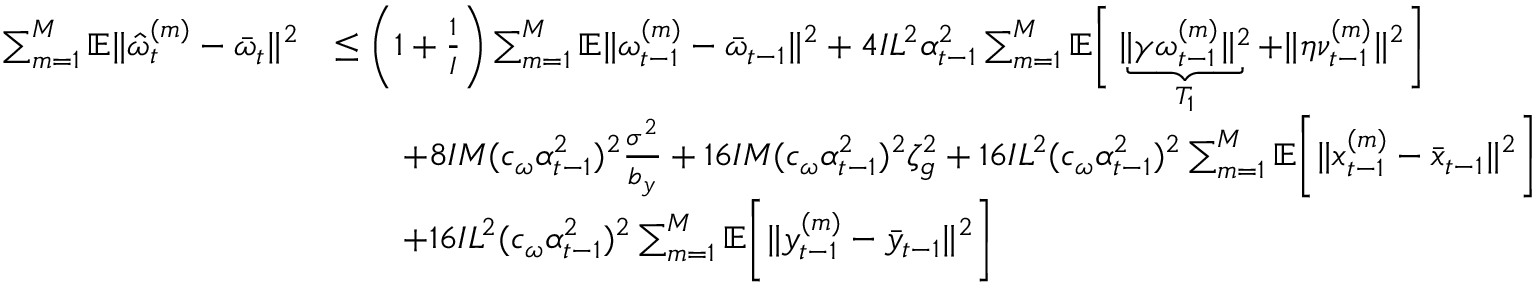
\begin{array} { r l } { \sum _ { m = 1 } ^ { M } \mathbb { E } \| \hat { \omega } _ { t } ^ { ( m ) } - \bar { \omega } _ { t } \| ^ { 2 } } & { \leq \bigg ( 1 + \frac { 1 } { I } \bigg ) \sum _ { m = 1 } ^ { M } \mathbb { E } \| \omega _ { t - 1 } ^ { ( m ) } - \bar { \omega } _ { t - 1 } \| ^ { 2 } + 4 I L ^ { 2 } \alpha _ { t - 1 } ^ { 2 } \sum _ { m = 1 } ^ { M } \mathbb { E } \bigg [ \underbrace { \| \gamma \omega _ { t - 1 } ^ { ( m ) } \| ^ { 2 } } _ { T _ { 1 } } + \| \eta \nu _ { t - 1 } ^ { ( m ) } \| ^ { 2 } \bigg ] } \\ & { \qquad + 8 I M ( c _ { \omega } \alpha _ { t - 1 } ^ { 2 } ) ^ { 2 } \frac { \sigma ^ { 2 } } { b _ { y } } + 1 6 I M ( c _ { \omega } \alpha _ { t - 1 } ^ { 2 } ) ^ { 2 } \zeta _ { g } ^ { 2 } + 1 6 I L ^ { 2 } ( c _ { \omega } \alpha _ { t - 1 } ^ { 2 } ) ^ { 2 } \sum _ { m = 1 } ^ { M } \mathbb { E } \bigg [ \| x _ { t - 1 } ^ { ( m ) } - \bar { x } _ { t - 1 } \| ^ { 2 } \bigg ] } \\ & { \qquad + 1 6 I L ^ { 2 } ( c _ { \omega } \alpha _ { t - 1 } ^ { 2 } ) ^ { 2 } \sum _ { m = 1 } ^ { M } \mathbb { E } \bigg [ \| y _ { t - 1 } ^ { ( m ) } - \bar { y } _ { t - 1 } \| ^ { 2 } \bigg ] } \end{array}